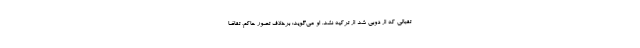
تقبالی که از دوبی شد از ترکیه نشد. او می‌گوید: برخلاف تصور حاکم، تقاضا